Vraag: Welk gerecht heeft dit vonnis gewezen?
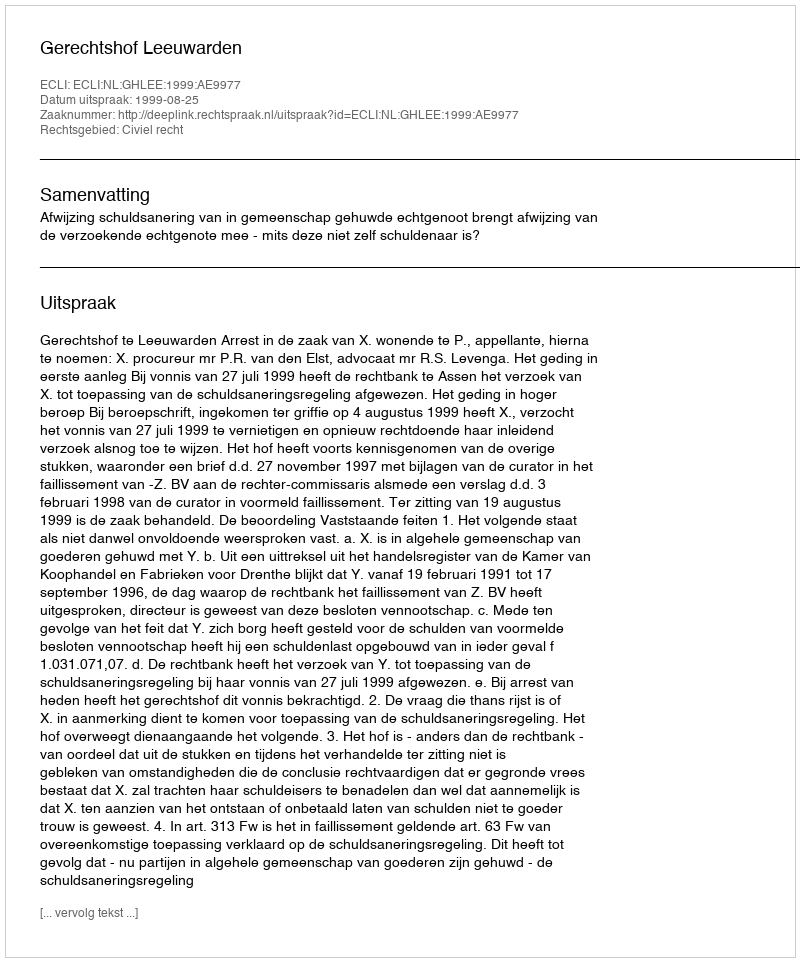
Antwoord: Gerechtshof Leeuwarden